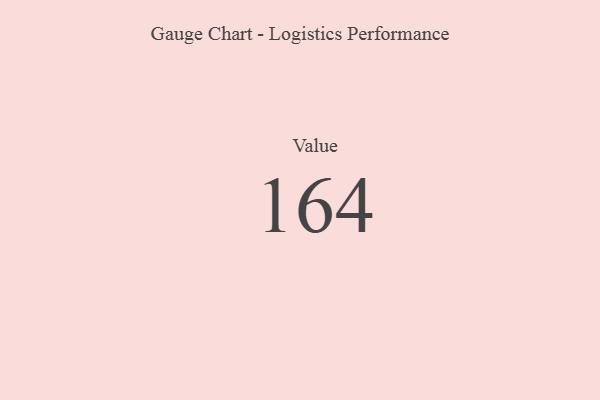
{"axis": {"x": "Metric", "y": "Value"}, "legend": [""], "data": [{"x": "Value", "y": 164, "type": ""}]}